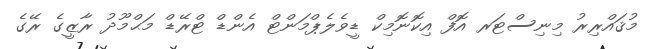
މުޤައްރިރު މިނިސްޓަރ އޮފް އިކޮނޮމިކް ޑީވެލެޕްމަންޓް އެންޑް ޓްރޭޑް މަޙްމޫދު ރާޒީގެ ރޭގެ